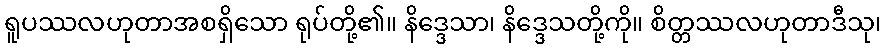
ရူပဿလဟုတာအစရှိသော ရုပ်တို့၏။ နိဒ္ဒေသာ၊ နိဒ္ဒေသတို့ကို။ စိတ္တဿလဟုတာဒီသု၊